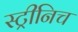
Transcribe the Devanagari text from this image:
स्ट्रीनिच